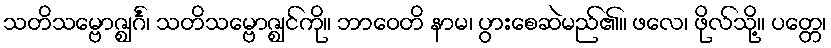
သတိသမ္ဗောဇ္ဈင်္ဂံ၊ သတိသမ္ဗောဇ္ဈင်ကို။ ဘာဝေတိ နာမ၊ ပွားစေဆဲမည်၏။ ဖလေ၊ ဖိုလ်သို့။ ပတ္တေ၊